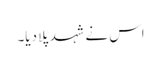
اس نے شہد پلا دیا۔